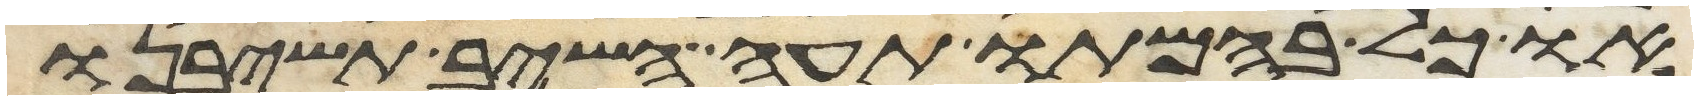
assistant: או כל בהמתו תעה השב תשיבנו